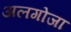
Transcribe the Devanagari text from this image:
अलगोजा